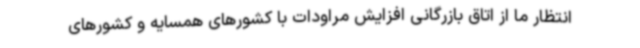
انتظار ما از اتاق بازرگانی افزایش مراودات با کشورهای همسایه و کشورهای